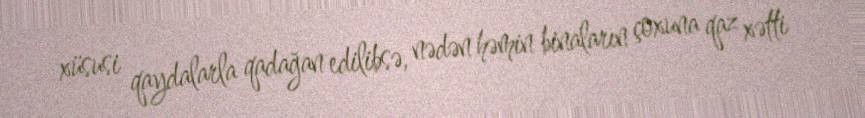
xüsusi qaydalarla qadağan edilibsə, nədən həmin binaların çoxuna qaz xətti